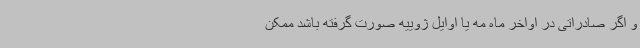
و اگر صادراتی در اواخر ماه مه یا اوایل ژوییه صورت گرفته باشد ممکن